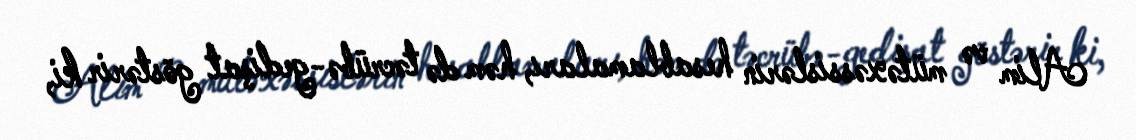
Alim və mütəxəssislərin hesablamaları, həm də təcrübə-gedişat göstərir ki,